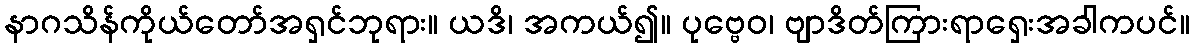
နာဂသိန်ကိုယ်တော်အရှင်ဘုရား။ ယဒိ၊ အကယ်၍။ ပုဗ္ဗေဝ၊ ဗျာဒိတ်ကြားရာရှေးအခါကပင်။